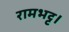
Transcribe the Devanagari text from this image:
रामभट्ट।